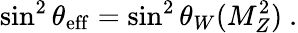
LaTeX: \sin^{2}\theta_{\mathrm{eff}}=\sin^{2}\theta_{W}(M_{Z}^{2})~.